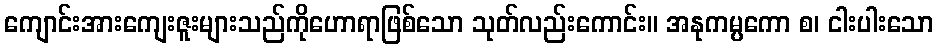
ကျောင်းအားကျေးဇူးများသည်ကိုဟောရာဖြစ်သော သုတ်လည်းကောင်း။ အနုကမ္ပကော စ၊ ငါးပါးသော